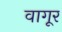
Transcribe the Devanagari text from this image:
वागूर